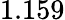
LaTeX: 1.159